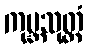
ကုမ္ဘသုတ္တံ